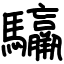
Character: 䯁